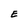
Character: E